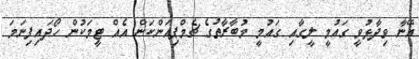
އޭނާ ވިދާޅުވީ ގައުމީ ލީގާއި ގައުމީ މުބާރާތުގެ ޗެމްޕިއަންކަން އެއް ޓީމަކުން ހޯދައިފިނަމަ